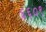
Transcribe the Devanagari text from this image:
६६०९